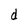
Character: d